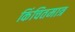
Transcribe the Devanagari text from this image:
किंचितमात्र